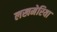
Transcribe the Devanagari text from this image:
लखमेरिया